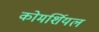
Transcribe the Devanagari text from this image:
कोमर्शियल